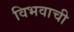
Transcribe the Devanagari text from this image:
विभवाची